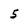
Character: 5